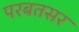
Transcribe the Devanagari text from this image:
परबतसर